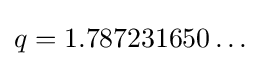
q=1.787231650\ldots